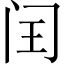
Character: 闰